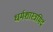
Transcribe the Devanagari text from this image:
धर्मशास्त्रमिदं